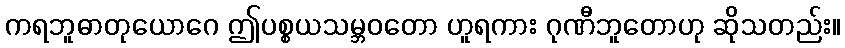
ကရဘူဓာတုယောဂေ ဤပစ္စယသမ္ဘဝတော ဟူရကား ဂုဏီဘူတောဟု ဆိုသတည်း။